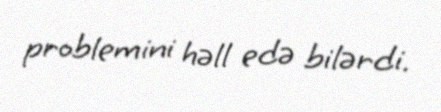
problemini həll edə bilərdi.